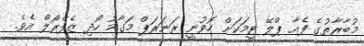
މުބާރާތުގެ ފެއާ ޕްލޭ ޓީމަކަށް ހޮވުނީ ރަނަރަޕް މަގާމު ހޯދި ޒެފްރޯލް އެވެ.